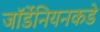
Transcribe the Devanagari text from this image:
जॉर्डेनियनकडे